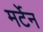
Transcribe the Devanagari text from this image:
मर्टेन